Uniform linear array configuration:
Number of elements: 4
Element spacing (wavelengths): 0.5
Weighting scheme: binomial
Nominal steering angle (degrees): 60
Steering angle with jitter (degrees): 58.457
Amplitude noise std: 0.05
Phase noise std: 0.05

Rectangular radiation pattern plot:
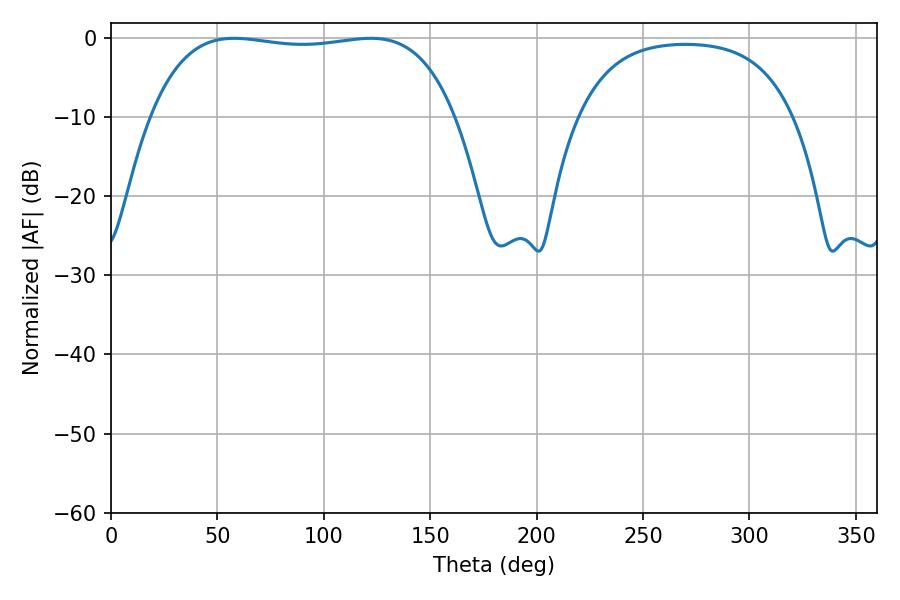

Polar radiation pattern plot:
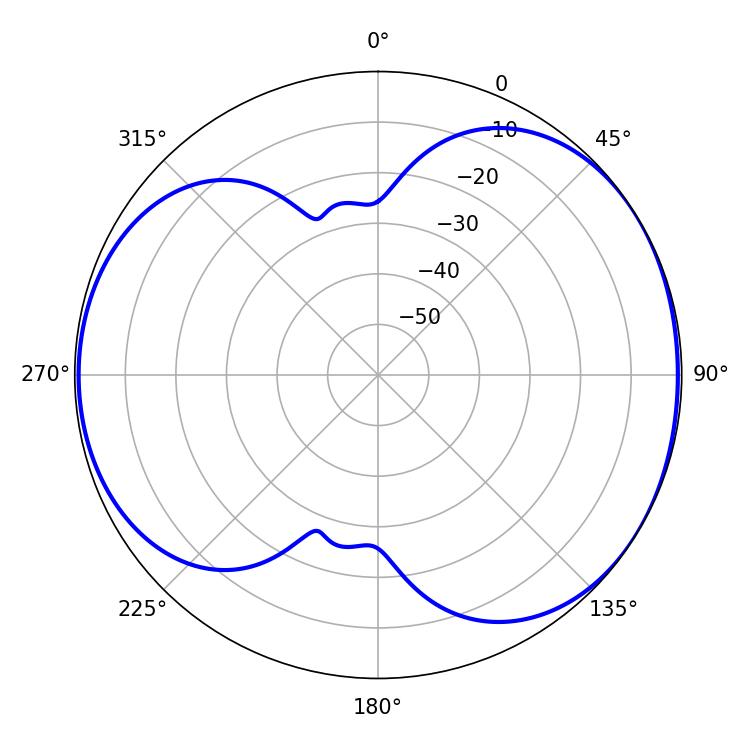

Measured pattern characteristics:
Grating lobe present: FALSE
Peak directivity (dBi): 4.975
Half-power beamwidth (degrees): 113.76
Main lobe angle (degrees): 57.96